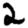
Digit: 2